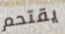
يقتحم